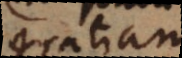
ration